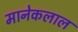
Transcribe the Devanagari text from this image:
मानेकलाल